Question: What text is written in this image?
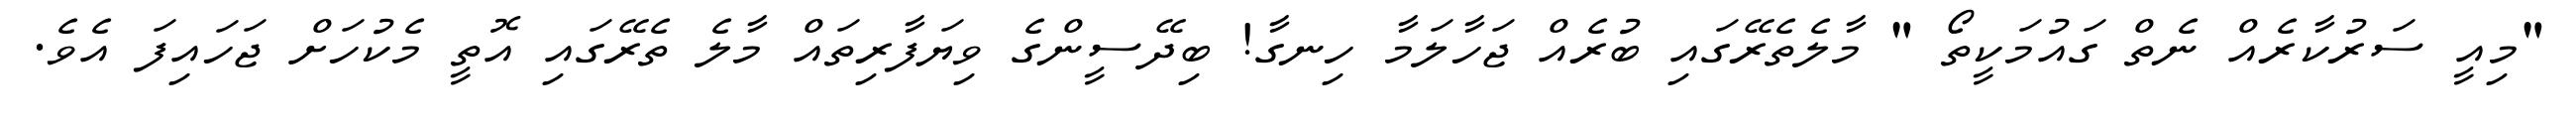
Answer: "މިއީ ސަރުކާރެއް ނެތް ގައުމަކީތޯ " މާލެތެރޭގައި ބުރެއް ޖަހާލަމާ ހިނގާ! ބިދޭސީންގެ ވިޔަފާރިތައް މާލެ ތެރޭގައި އޮތީ މެކުހަށް ޖަހައިފަ އެވެ.